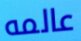
عالمه